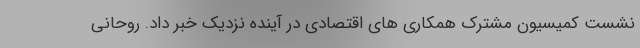
نشست کمیسیون مشترک همکاری های اقتصادی در آینده نزدیک خبر داد. روحانی